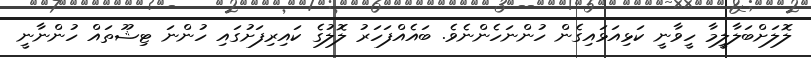
ލޮލަށްބަލާލީމާ ހީވާނީ ކަޅިއަޅައިގެން ހުންނަހެންނެވެ. ބައެއްފަހަރު ލޮލުގެ ކައިރިފަށުގައި ހުންނަ ޓިޝޫތައް ހުންނާނީ